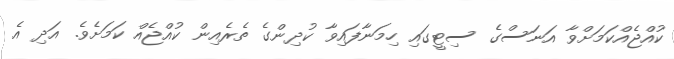
ކުއްޖެއްކަމަށްވާ އަނަސްގެ ސިޓީގައި ހިމަނާފައިވާ ކުދިންގެ ތެރެއިން ކުއްޖެއް ކަމަށެވެ. އަދި އެ